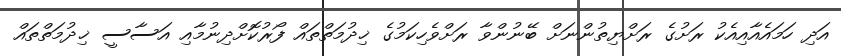
އަދި ހަމައެއާއިއެކު ރަށުގެ ރަށްޔިތުންނަށް ބޭނުންވާ ރަށްވެހިކަމުގެ ޚިދުމަތްތައް ފޯރުކޮށްދިނުމާއި އަސާސީ ޚިދުމަތްތައް